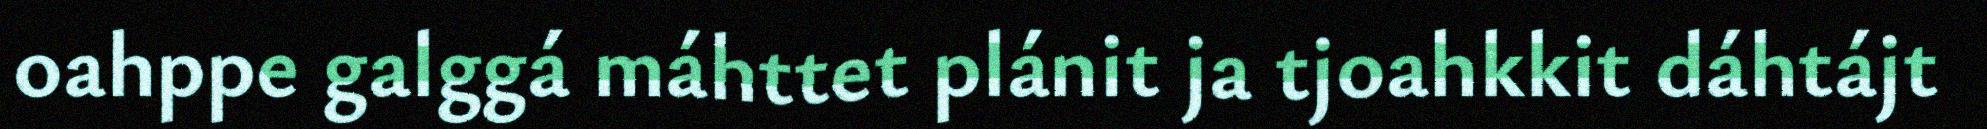
oahppe galggá máhttet plánit ja tjoahkkit dáhtájt